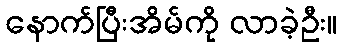
နောက်ပြီးအိမ်ကို လာခဲ့ဦး။